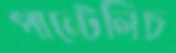
পান্টেলিচ